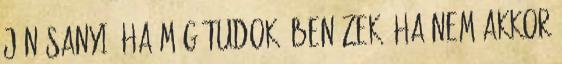
jön Sanyi, ha még tudok, benézek, ha nem akkor